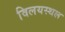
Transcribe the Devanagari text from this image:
विलयस्थल